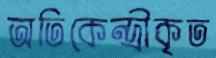
অতিকেন্দ্রীকৃত